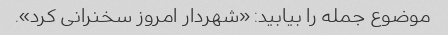
موضوع جمله را بیابید: «شهردار امروز سخنرانی کرد».